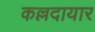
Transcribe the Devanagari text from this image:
कल्लदायार